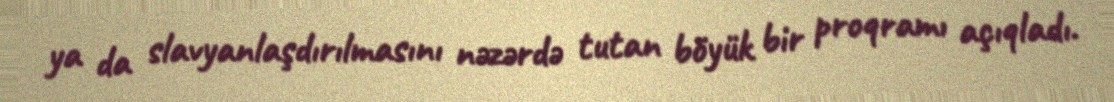
ya da slavyanlaşdırılmasını nəzərdə tutan böyük bir proqramı açıqladı.